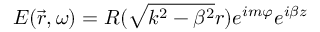
E ( \vec { r } , \omega ) = R ( \sqrt { k ^ { 2 } - \beta ^ { 2 } } r ) e ^ { i m \varphi } e ^ { i \beta z }